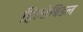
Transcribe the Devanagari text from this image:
हिल्डेबिडल